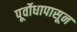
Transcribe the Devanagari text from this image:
पूर्वोधापासून